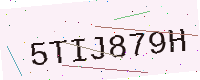
Text: 5TIJ879H